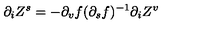
\partial _ { i } Z ^ { s } = - \partial _ { v } f ( \partial _ { s } f ) ^ { - 1 } \partial _ { i } Z ^ { v }